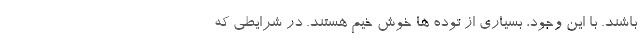
باشند. با این وجود، بسیاری از توده ها خوش خیم هستند. در شرایطی که